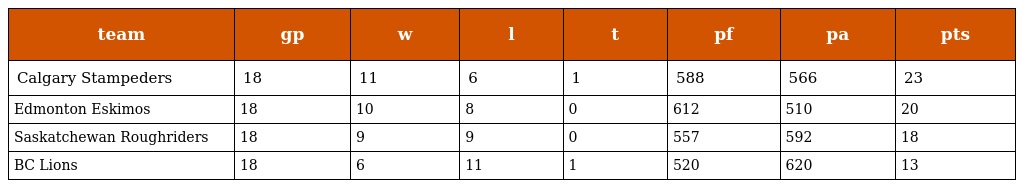
| team | gp | w | l | t | pf | pa | pts |
 | --- | --- | --- | --- | --- | --- | --- | --- |
 | Calgary Stampeders | 18 | 11 | 6 | 1 | 588 | 566 | 23 |
 | Edmonton Eskimos | 18 | 10 | 8 | 0 | 612 | 510 | 20 |
 | Saskatchewan Roughriders | 18 | 9 | 9 | 0 | 557 | 592 | 18 |
 | BC Lions | 18 | 6 | 11 | 1 | 520 | 620 | 13 |